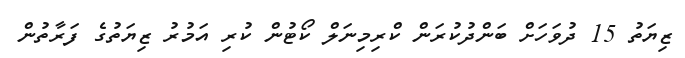
ޒިޔަތު 15 ދުވަހަށް ބަންދުކުރަން ކްރިމިނަލް ކޯޓުން ކުރި އަމުރު ޒިޔަތުގެ ފަރާތުން